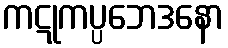
ကဋုကပ္ပဘေဒနော